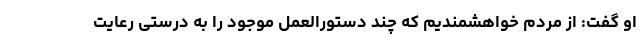
او گفت: از مردم خواهشمندیم که چند دستورالعمل موجود را به درستی رعایت